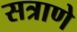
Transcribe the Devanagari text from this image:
सत्राणे